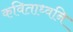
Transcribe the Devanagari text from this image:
कविताध्वनि